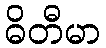
ဓိတီမာ